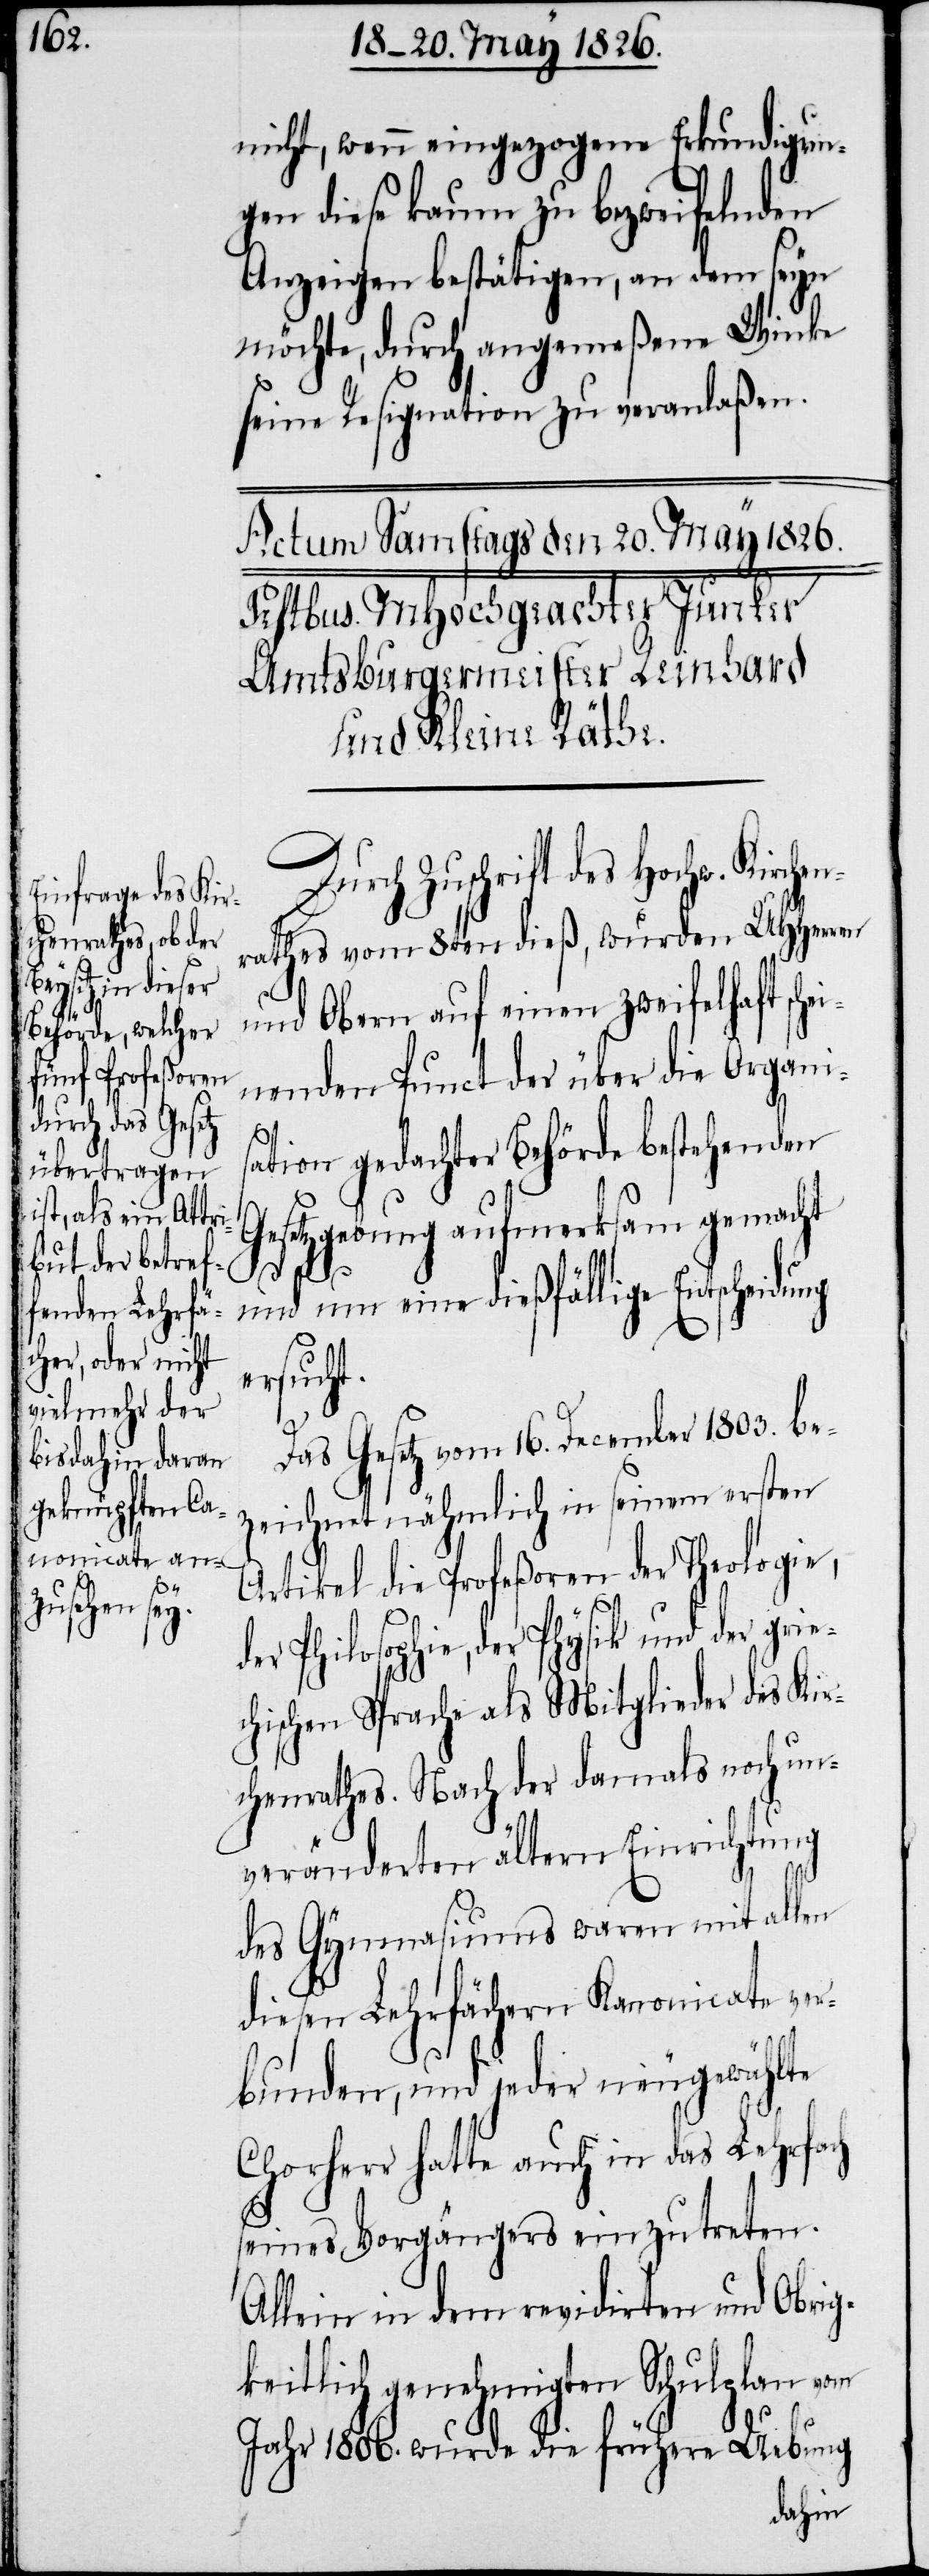
Kirchen¬

nicht, wenn eingezogene Erkundigun¬
gen diese kaum zu bezweifelnden
Anzeigen bestätigen, an dem seyn
möchte, durch angemeßene Winke
seine Resignation zu veranlaßen.
Durch Zuschrift des Hochw.
rathes vom 8ten dieß, wurden UHHerren
und Obern auf einen zweifelhaft sch¬
einenden Punct der über die Organi¬
sation gedachter Behörde bestehenden
Gesetzgebung aufmerksam gemacht
und nun eine dießfälligen Entscheidung
sucht.
er¬
Das Gesetz vom 16. December 1803. be¬
zeichnet nähmlich in seinem ersten
Artikel die Profeßoren der Theologie,
der Philosophie, der Physik und der grie¬
chischen Sprache als Mitglieder des Kir¬
chenrathes. Nach der damals noch un¬
veränderten ältern Einrichtung
des Gymnasiums waren mit allen
diesen Lehrfächern Kanonicate ver¬
bunden, und jeder neugewählte
Chorherr hatte auch in das Lehrfach
seines Vorgängers einzutreten.
Allein in dem revidirten und Obrig¬
keitlich genehmigten Schulplan vom
Jahr 1806. wurde die frühere Uebung